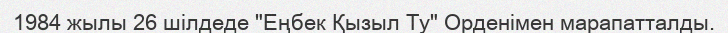
1984 жылы 26 шілдеде "Еңбек Қызыл Ту" Орденімен марапатталды.